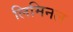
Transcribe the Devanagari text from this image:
लिमिनल